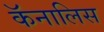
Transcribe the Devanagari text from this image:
कॅनालिस